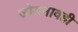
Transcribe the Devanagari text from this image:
जोडनावही